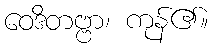
ဝေဒိတဗ္ဗာ၊ ကုန်၏။